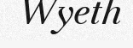
Wyeth